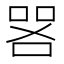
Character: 𫪟